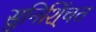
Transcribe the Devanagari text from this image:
सुनिशि्ंचत